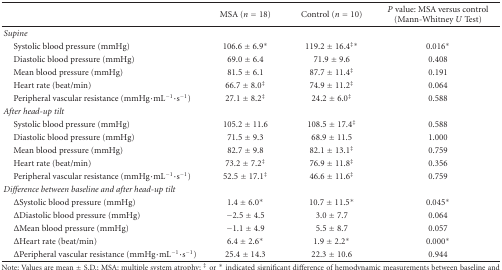
<table><thead><tr><td></td><td><b>MSA (<i>n</i> = 18)</b></td><td><b>Control (<i>n</i> = 10)</b></td><td><b><i>P</i> value: MSA versus control (Mann-Whitney <i>U</i> Test)</b></td></tr></thead><tbody><tr><td><i>Supine</i></td><td></td><td></td><td></td></tr><tr><td> Systolic blood pressure (mmHg)</td><td>106.6 ± 6.9*</td><td>119.2 ± 16.4<sup>‡∗</sup></td><td>0.016*</td></tr><tr><td> Diastolic blood pressure (mmHg)</td><td>69.0 ± 6.4</td><td>71.9 ± 9.6</td><td>0.408</td></tr><tr><td> Mean blood pressure (mmHg)</td><td>81.5 ± 6.1</td><td>87.7 ± 11.4<sup>‡</sup></td><td>0.191</td></tr><tr><td> Heart rate (beat/min)</td><td>66.7 ± 8.0<sup>‡</sup></td><td>74.9 ± 11.2<sup>‡</sup></td><td>0.064</td></tr><tr><td> Peripheral vascular resistance (mmHg·mL<sup>−1</sup>·s<sup>−1</sup>)</td><td>27.1 ± 8.2<sup>‡</sup></td><td>24.2 ± 6.0<sup>‡</sup></td><td>0.588</td></tr><tr><td><i>After head-up tilt</i></td><td></td><td></td><td></td></tr><tr><td> Systolic blood pressure (mmHg)</td><td>105.2 ± 11.6</td><td>108.5 ± 17.4<sup>‡</sup></td><td>0.588</td></tr><tr><td> Diastolic blood pressure (mmHg)</td><td>71.5 ± 9.3</td><td>68.9 ± 11.5</td><td>1.000</td></tr><tr><td> Mean blood pressure (mmHg)</td><td>82.7 ± 9.8</td><td>82.1 ± 13.1<sup>‡</sup></td><td>0.759</td></tr><tr><td> Heart rate (beat/min)</td><td>73.2 ± 7.2<sup>‡</sup></td><td>76.9 ± 11.8<sup>‡</sup></td><td>0.356</td></tr><tr><td> Peripheral vascular resistance (mmHg·mL<sup>−1</sup>·s<sup>−1</sup>)</td><td>52.5 ± 17.1<sup>‡</sup></td><td>46.6 ± 11.6<sup>‡</sup></td><td>0.759</td></tr><tr><td><i>Difference between baseline and after head-up tilt</i></td><td></td><td></td><td></td></tr><tr><td> ΔSystolic blood pressure (mmHg)</td><td>1.4 ± 6.0*</td><td>10.7 ± 11.5*</td><td>0.045*</td></tr><tr><td> ΔDiastolic blood pressure (mmHg)</td><td>−2.5 ± 4.5</td><td>3.0 ± 7.7</td><td>0.064</td></tr><tr><td> ΔMean blood pressure (mmHg)</td><td>−1.1 ± 4.9</td><td>5.5 ± 8.7</td><td>0.057</td></tr><tr><td> ΔHeart rate (beat/min)</td><td>6.4 ± 2.6*</td><td>1.9 ± 2.2*</td><td>0.000*</td></tr><tr><td> ΔPeripheral vascular resistance (mmHg·mL<sup>−1</sup>·s<sup>−1</sup>)</td><td>25.4 ± 14.3</td><td>22.3 ± 10.6</td><td>0.944</td></tr></tbody></table>